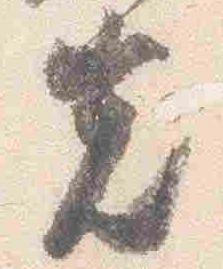
先